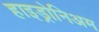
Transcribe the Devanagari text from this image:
हाइड्रोनिअम